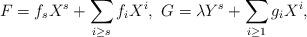
LaTeX: \begin{align*}F = f_sX^s + \sum_{i \geq s} f_i X^i, \ G = \lambda Y^s + \sum_{i \geq 1} g_i X^i,\end{align*}